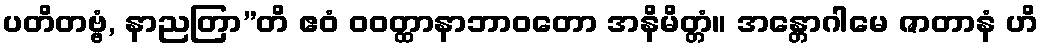
ပတိတဗ္ဗံ, နာညတြာ”တိ ဧဝံ ဝဝတ္ထာနာဘာဝတော အနိမိတ္တံ။ အန္တောဂါမေ ဇာတာနံ ဟိ